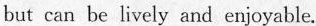
but can be lively and enjoyable.